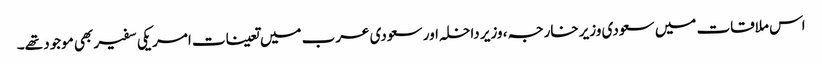
اس ملاقات میں سعودی وزیر خارجہ، وزیر داخلہ اور سعودی عرب میں تعینات امریکی سفیر بھی موجود تھے۔